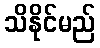
သိနိုင်မည်